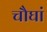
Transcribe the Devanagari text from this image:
चौघां